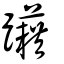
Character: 躤